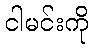
ငါမင်းကို